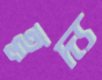
হূদ্য